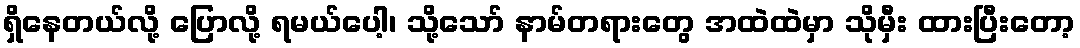
ရှိနေတယ်လို့ ပြောလို့ ရမယ်ပေါ့၊ သို့သော် နာမ်တရားတွေ အထဲထဲမှာ သိုမှီး ထားပြီးတော့